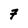
Character: 7